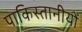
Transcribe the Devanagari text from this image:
पाकिस्तानीयों